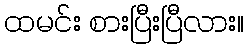
ထမင်း စားပြီးပြီလား။